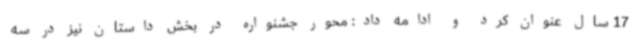
17 سال عنوان کرد و ادامه داد: محور جشنواره در بخش داستان نیز در سه